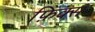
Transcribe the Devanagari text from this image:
फ़िक्स